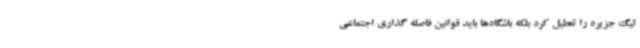
لیگ جزیره را تعطیل کرد بلکه باشگاه‌ها باید قوانین فاصله گذاری اجتماعی